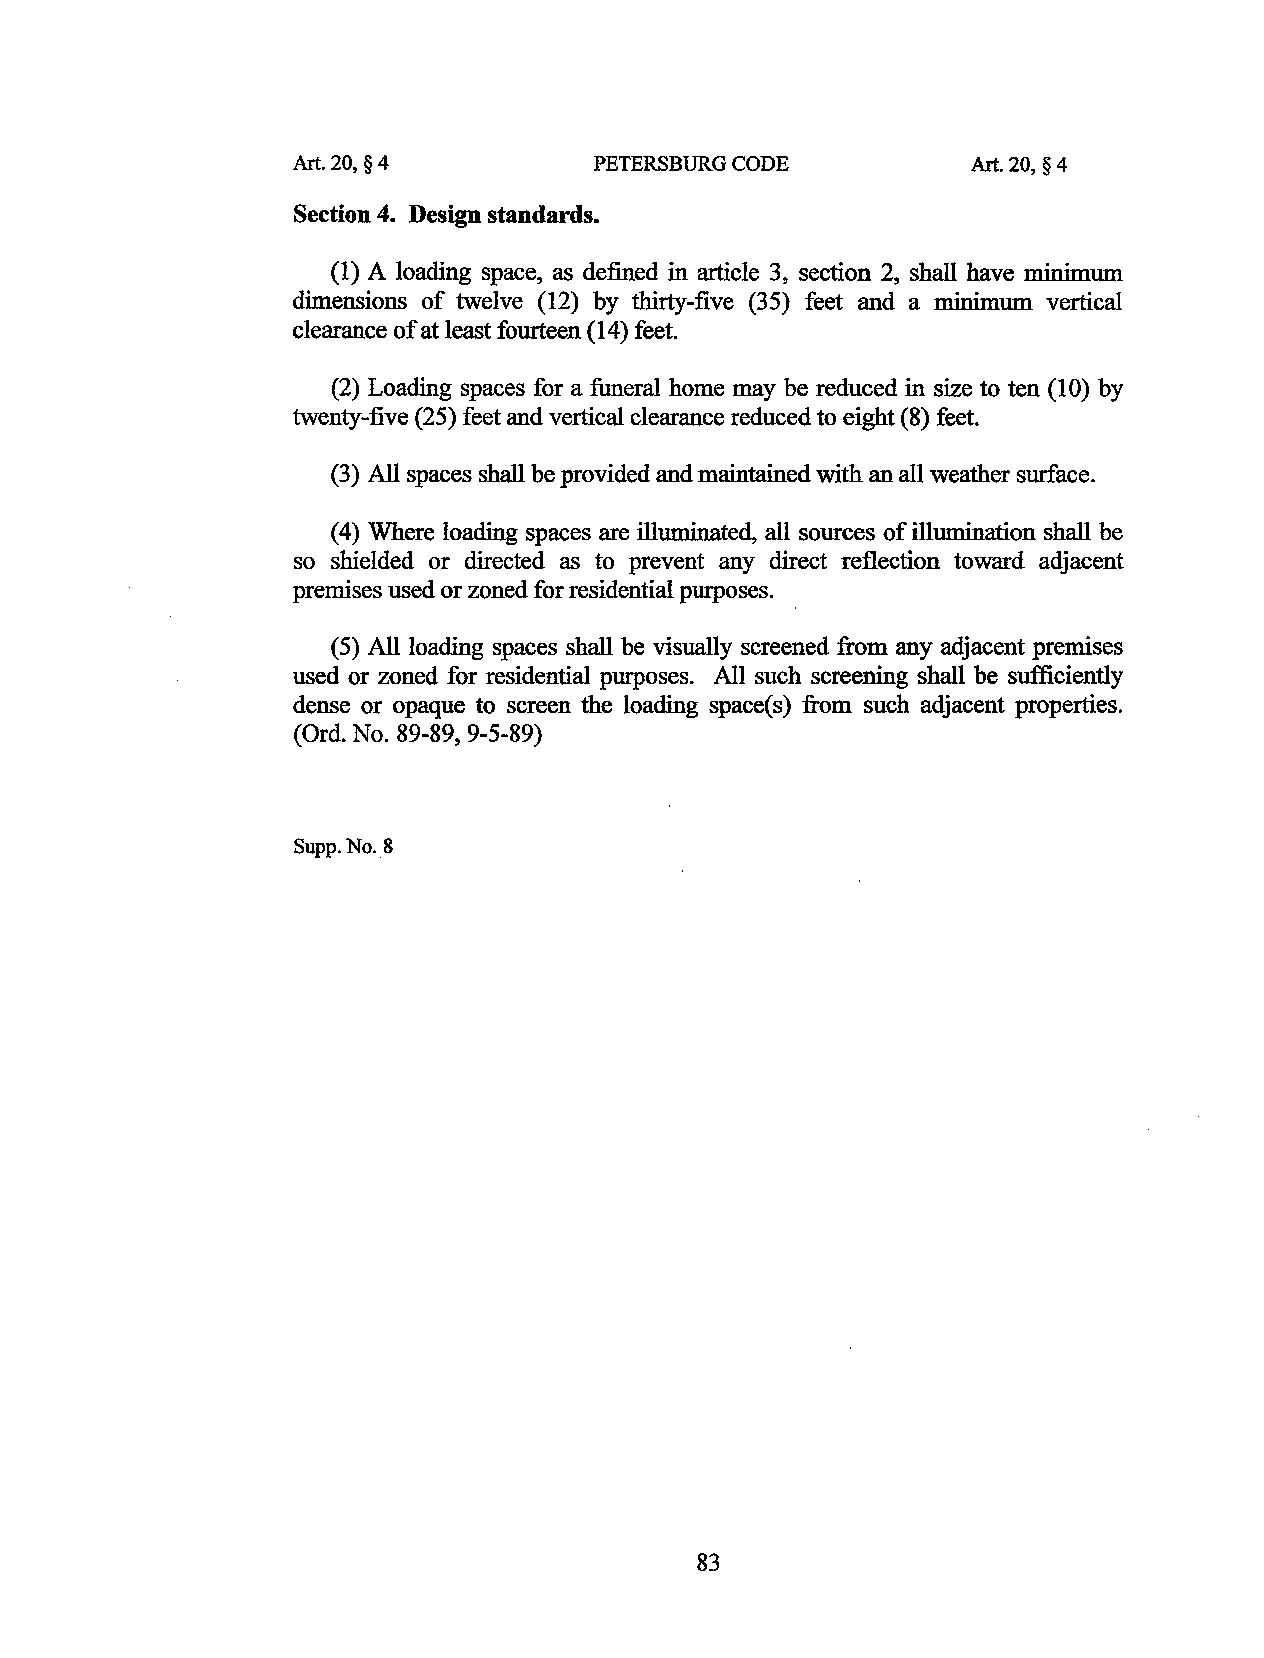
Art. 20, § 4       PETERSBURG CODE          Art. 20, § 4
 Section 4. Design standards.
 (1) A loading space, as defined in article 3, section 2, shall have minimum
 dimensions of twelve (12) by thirty-five (35) feet and a minimum vertical
 clearance of at least fourteen (14) feet.
 (2) Loading spaces for a funeral home may be reduced in size to ten (10) by
 twenty-five (25) feet and vertical clearance reduced to eight (8) feet.
 (3) All spaces shall be provided and maintained with an all weather surface.
 ( 4) Where loading spaces are illuminated, all sources of illumination shall be
 so shielded or directed as to prevent any direct reflection toward adjacent
 premises used or zoned for residential purposes.
 (5) All loading spaces shall be visually screened from any adjacent premises
 used or zoned for residential purposes. All such screening shall be sufficiently
 dense or opaque to screen the loading space(s) from such adjacent properties.
 (Ord. No. 89-89) 9-5-89)
 Supp.No. 8
 83